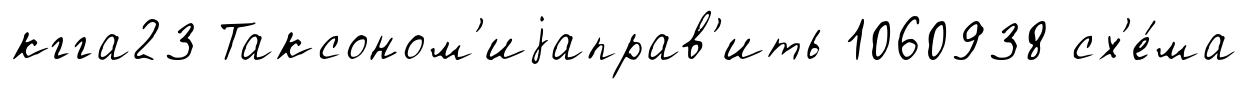
кгга23 Таксоном'иjаправ'ить 1060938 сх'е́ма